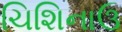
ચિશિનાઉ